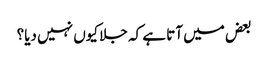
بعض میں آتا ہے کہ جلا کیوں نہیں دیا؟